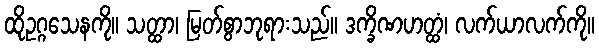
ထိုဥဂ္ဂသေနကို။ သတ္ထာ၊ မြတ်စွာဘုရားသည်။ ဒက္ခိဏဟတ္ထံ၊ လက်ယာလက်ကို။